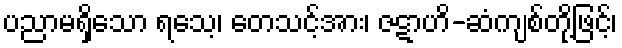
ပညာမရှိသော ရသေ့၊ တေသင့်အား၊ ဇဋာဟိ-ဆံကျစ်တို့ဖြင့်၊